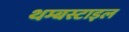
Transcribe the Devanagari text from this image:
थम्बस्टाइल